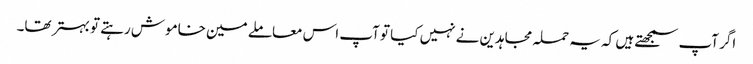
اگر آپ سمجھتے ہیں کہ یہ حملہ مجاہدین نے نہیں کیا تو آپ اس معاملے مین خاموش رہتے تو بہتر تھا۔